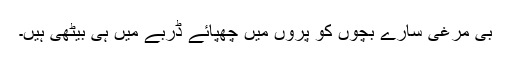
بی مرغی سارے بچوں کو پروں میں چھپائے ڈربے میں ہی بیٹھی ہیں۔